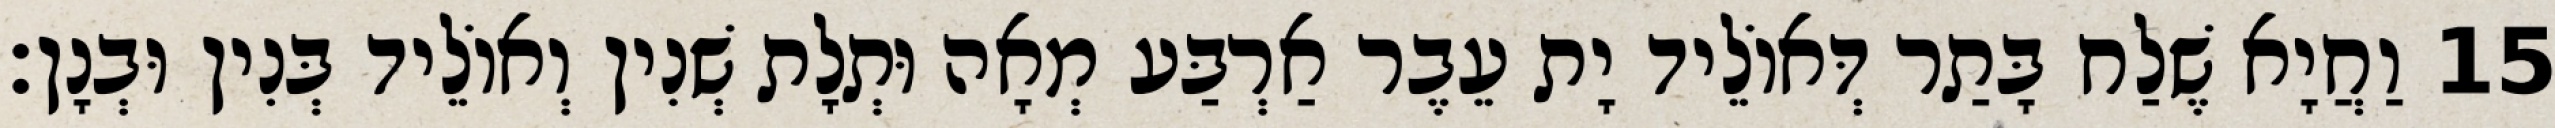
15 וַחֲיָא שֶׁלַח בָּתַר דְּאוֹלֵיד יָת עֵבֶר אַרְבַּע מְאָה וּתְלָת שְׁנִין וְאוֹלֵיד בְּנִין וּבְנָן׃